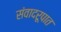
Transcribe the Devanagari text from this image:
संवादरूपात